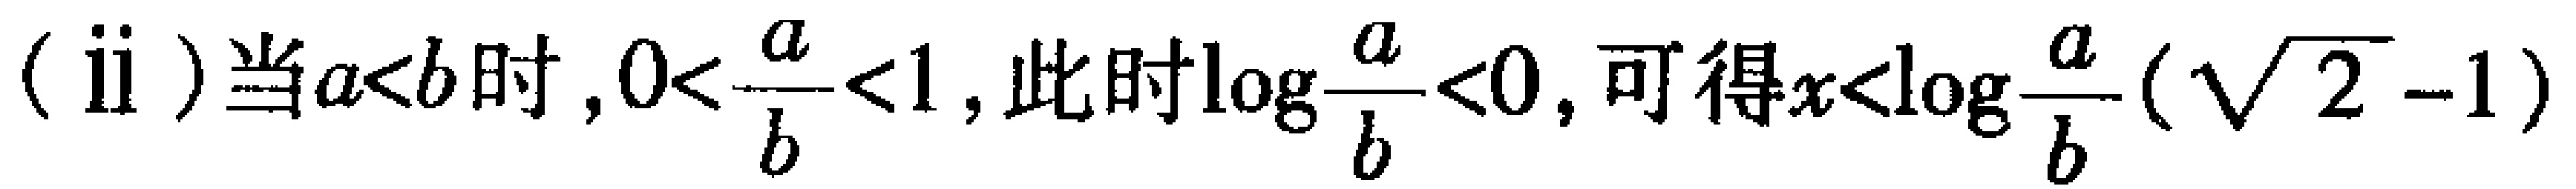
(ii) 当\(a < b\)时，\(0 < \frac{a}{b} < 1\)，此时\(\log_{\frac{a}{b}} < 0\)，可得\(x < \log_{\frac{a}{b}}(\sqrt{2} - 1)\)